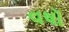
વષૉ